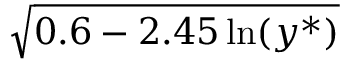
\sqrt { 0 . 6 - 2 . 4 5 \ln ( y ^ { \ast } ) }